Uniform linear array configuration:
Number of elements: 16
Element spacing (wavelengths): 0.5
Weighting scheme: blackman
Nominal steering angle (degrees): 45
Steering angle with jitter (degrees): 44.563
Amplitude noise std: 0.05
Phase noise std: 0.05

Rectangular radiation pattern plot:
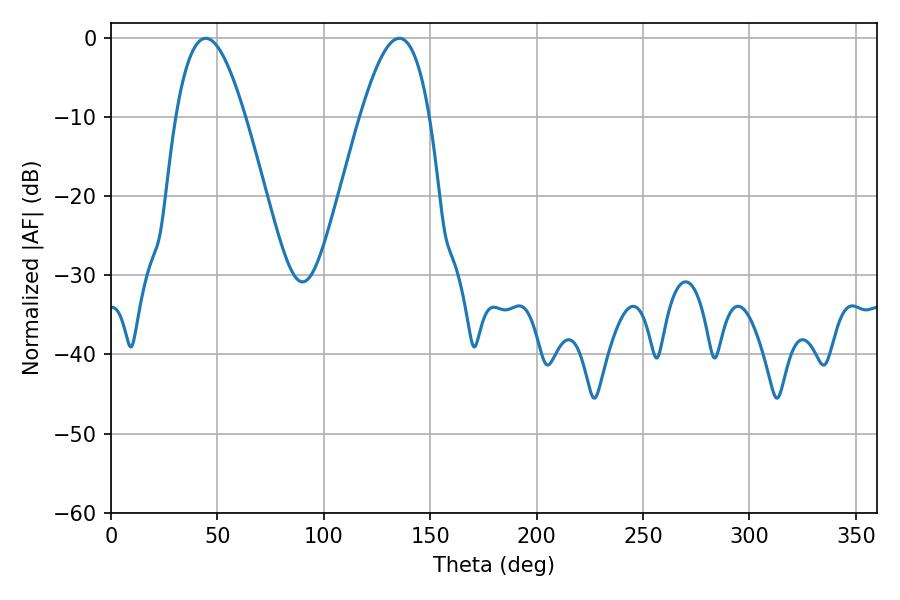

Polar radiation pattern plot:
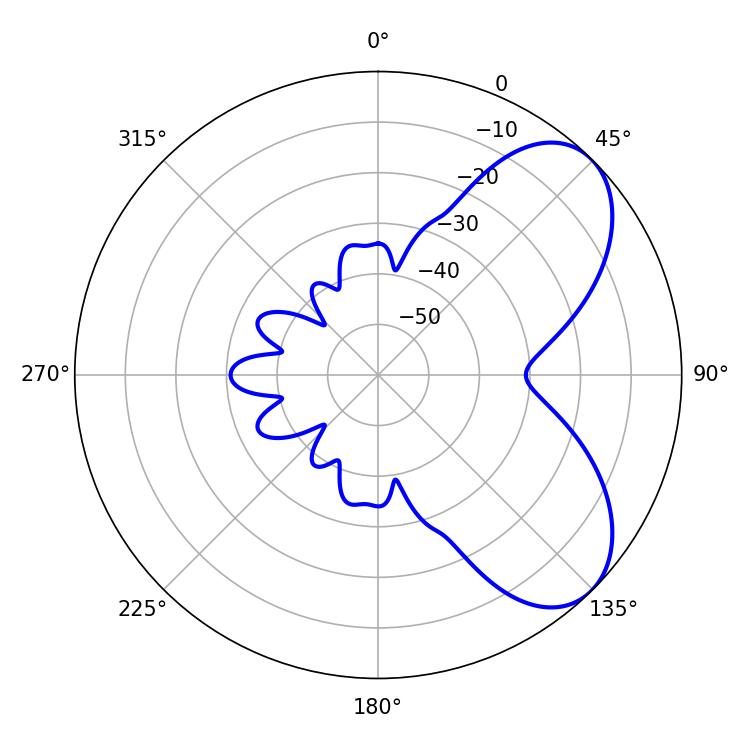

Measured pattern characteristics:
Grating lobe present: FALSE
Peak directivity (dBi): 6.229
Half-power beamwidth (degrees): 17.64
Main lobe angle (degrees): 44.46